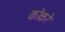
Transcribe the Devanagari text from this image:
कोकरे